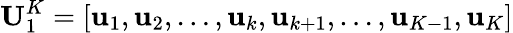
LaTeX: \mathbf{U}_{1}^{K}=[\mathbf{u}_{1},\mathbf{u}_{2},\ldots,\mathbf{u}_{k},\mathbf{u}_{k+1},\ldots,\mathbf{u}_{K-1},\mathbf{u}_{K}]